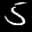
Label: 5